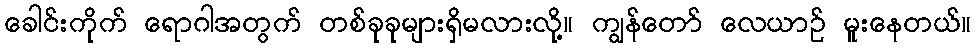
ခေါင်းကိုက် ရောဂါအတွက် တစ်ခုခုများရှိမလားလို့။ ကျွန်တော် လေယာဉ် မူးနေတယ်။